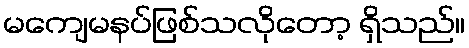
မကျေမနပ်ဖြစ်သလိုတော့ ရှိသည်။